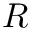
R